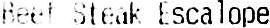
BEEF STEAK ESCALOPE